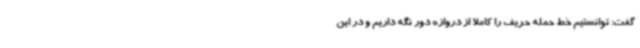
گفت: توانستیم خط حمله حریف را کاملا از دروازه دور نگه داریم و در این